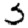
Digit: 3